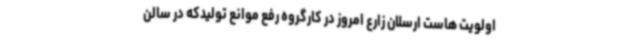
اولویت هاست ارسلان زارع امروز در کارگروه رفع موانع تولیدکه در سالن